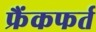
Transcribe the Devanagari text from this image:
फ्रैंकफर्त